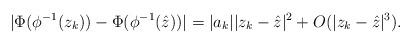
LaTeX: \begin{align*}|\Phi(\phi^{-1}(z_k))-\Phi(\phi^{-1}(\hat z))|=|a_k||z_k-\hat z|^2+O(|z_k-\hat z|^3).\end{align*}